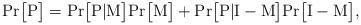
LaTeX: \begin{align*}\textrm{Pr}\big[\mathrm{P}\big]=\textrm{Pr}\big[\mathrm{P}|\mathrm{M}\big]\textrm{Pr}\big[\mathrm{M}\big]+ \textrm{Pr}\big[\mathrm{P}|\mathrm{I}-\mathrm{M}\big]\textrm{Pr}\big[\mathrm{I}-\mathrm{M}\big],\end{align*}